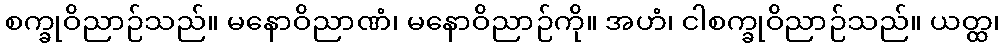
စက္ခုဝိညာဉ်သည်။ မနောဝိညာဏံ၊ မနောဝိညာဉ်ကို။ အဟံ၊ ငါစက္ခုဝိညာဉ်သည်။ ယတ္ထ၊